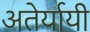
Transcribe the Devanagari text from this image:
अतेर्यायी